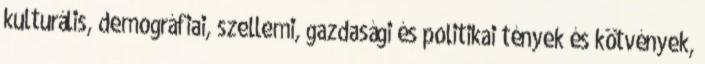
kulturális, demográfiai, szellemi, gazdasági és politikai tények és kötvények,